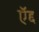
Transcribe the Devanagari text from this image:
ऍद्द